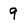
Character: 9